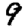
Digit: 9